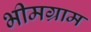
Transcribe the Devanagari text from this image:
भीमग्राम